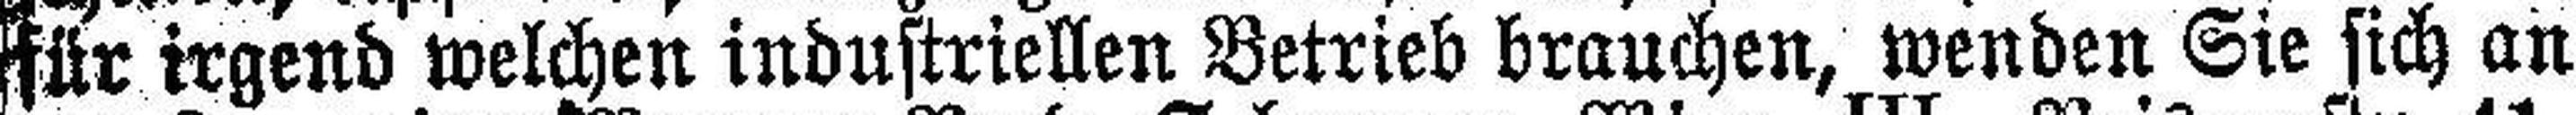
für irgend welchen industriellen Betrieb brauchen, wenden Sie sich an